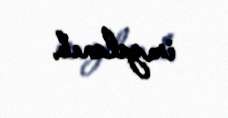
imzalanıb.